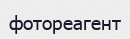
фотореагент